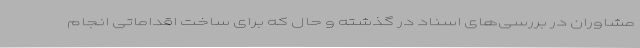
مشاوران در بررسی‌های اسناد در گذشته و حال که برای ساخت اقداماتی انجام